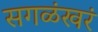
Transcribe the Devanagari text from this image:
सगळंखरं